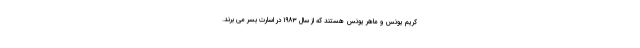
کریم یونس و ماهر یونس هستند که از سال ۱۹۸۳ در اسارت بسر می برند.